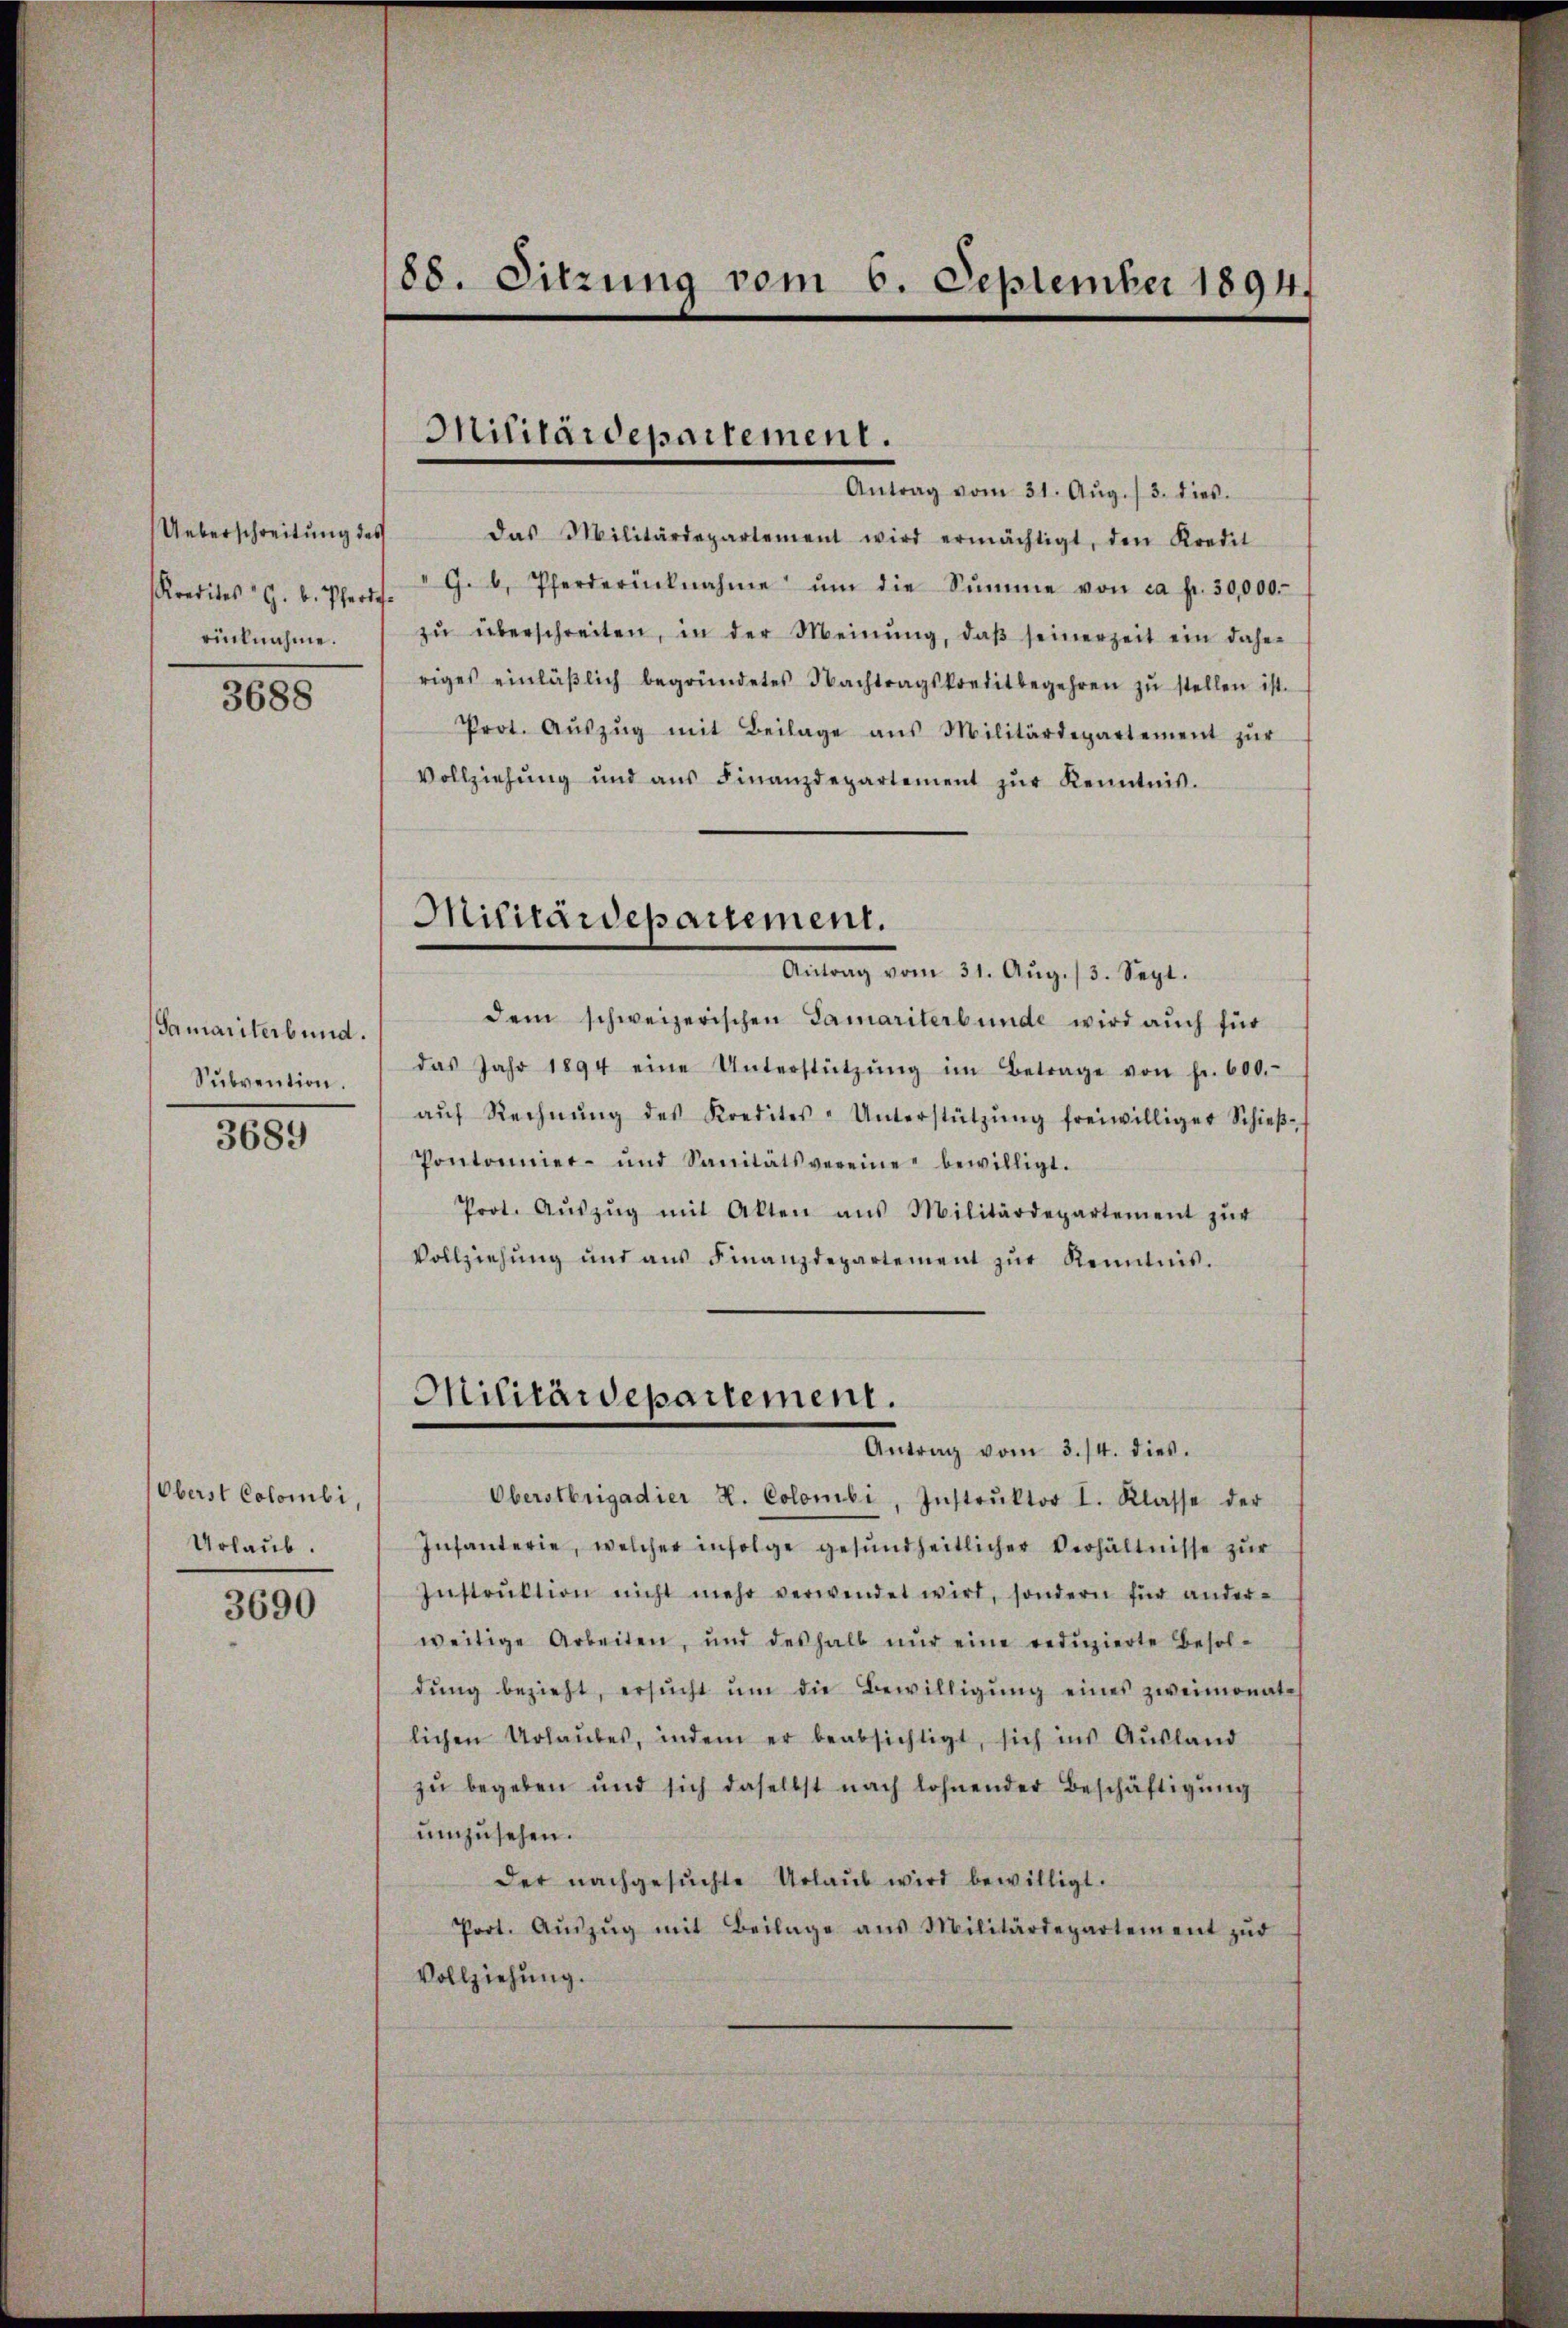
Ueberschreitung des
Kredites " G. B. Pferde.
rücknahme.

3688

Samariterbund.
Subvention.

3689

Oberst Colombi,
Urlaub.

3690

88. Sitzung vom 6. September 1894.

Militärdepartement.

Militärdepartement.

Antrag vom 31. Aŭg. / 3. dies.
das Militärdepartement wird ermächtigt, den Kredit
" G. b. Pferderücknahme ŭm die Sŭmme von ca Fr. 30,000.
zŭ überschreiten, in der Meinŭng, daβ seinerzeit ein daher
riges einläβlich begründetes Nachtragskreditbegehren zŭ stellen ist.
Prot. Aŭszŭg mit Beilage aus Militärdepartement zŭr
Vollziehŭng und aŭs Finanzdepartement zŭr Kenntnis.
Antrag vom 31. Aŭg./3. Sept.
dem schweizerischen Samariterbunde wird auch für
das Jahr 1894 eine Unterstützŭng im Betrage von fr. 600.
aŭf Rechnŭng des Kredites-Unterstützŭng freiwilliger Schieβ-
Pontonnier- und Sanitätsvereine bewilligt.
Prot. Aŭszŭg mit Akten aus Militärdepartement zŭr
Vollziehŭng und aŭs Finanzdepartement zŭr Kenntnis.
Militärdepartement.
Antrag vom 3./4. dies.
Oberstrigadier L. Colombi, Instrŭktor I. Klasse der
Infanterie, welcher infolge gesundheitlicher Verhältnisse zŭr
Instrŭktion nicht mehr verwendet wird, sondern für ander-
weitige Arbeiten, und deshalb nŭr eine redŭzierte Besol-
dŭng bezieht, ersŭcht ŭm die Bewilligŭng eines zweimonatlichen Urlaŭbes, indem er beabsichtigt, sich ins Aŭsland
zŭ begeben und sich daselbst nach lohnender Beschäftigung
umzusehen.
der nachgesuchte Urlaub wird bewilligt.
Port. Aŭszŭg mit Beilage aus Militärdepartement zŭr
Vollziehung.